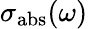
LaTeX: \sigma_{\mathrm{abs}}(\omega)